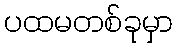
ပထမတစ်ခုမှာ